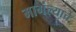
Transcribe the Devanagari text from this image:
मागंल्याचे